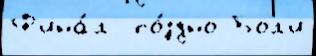
Ф'ина́л  по́здно Бол'и